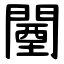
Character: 闉